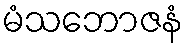
မံသဘောဇနံ